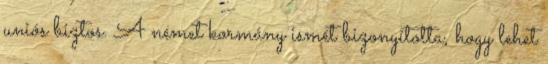
uniós biztos. A német kormány ismét bizonyította, hogy lehet